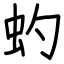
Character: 虳